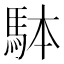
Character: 𩢕